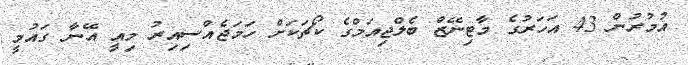
އުމުރުން 43 އަހަރުގެ މާޓިނޭޒް ބެލްޖިއަމްގެ ކޯޗަކަށް ހަމަޖެއްސިއިރު މިއީ އޭނާ ގައުމީ